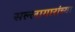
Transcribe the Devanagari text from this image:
सल्लागारांच्या